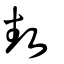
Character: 埶